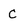
Character: C